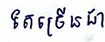
តែច្រើនជា